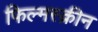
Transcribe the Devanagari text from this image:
फिल्मस्क्रीन